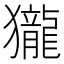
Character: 𪚓